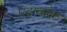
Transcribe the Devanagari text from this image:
एडावलेठ